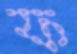
ফ